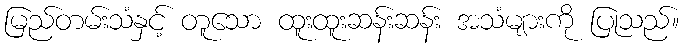
မြည်တမ်းသံနှင့် တူသော ထူးထူးဆန်းဆန်း အသံများကို ပြုသည်။